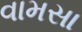
વામસા